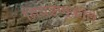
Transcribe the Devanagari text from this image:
निवडणुकींचे